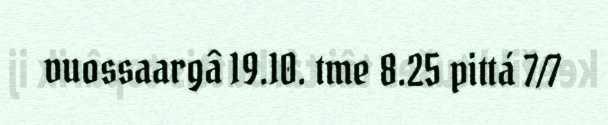
vuossaargâ 19.10. tme 8.25 pittá 7/7